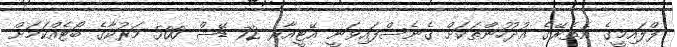
ފްލައިމީގެ އެތެރޭގެ އުދުހުންތަކަށް ގެނެސްފައިވަނީ އޭޓީއާރ 72 ޑޭޝް 500 މަރުކާގެ ބޯޓެއްކަމަށް